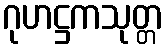
ဂုဟဋ္ဌကသုတ္တ